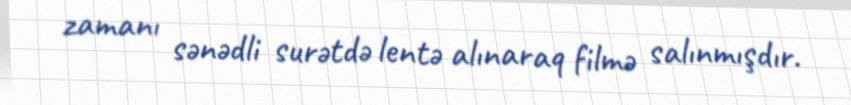
zamanı sənədli surətdə lentə alınaraq filmə salınmışdır.